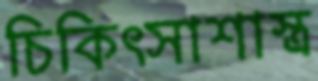
চিকিৎসাশাস্ত্র